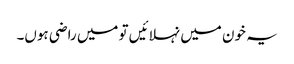
یہ خون میں نہلائیں تو میں راضی ہوں۔